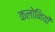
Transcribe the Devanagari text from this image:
कलोनियों